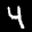
Label: 4